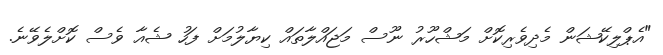
"އެޕްލިކޭޝަން މެދިވެރިކޮށް މަޝްހޫރު ނޫސް މަޖައްލާތައް ކިޔާލުމަށް ފަހު ޝެއާ ވެސް ކޮށްލެވޭނެ.